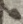
Text: 6